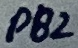
Text: PB2